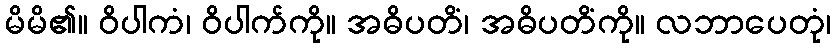
မိမိ၏။ ဝိပါကံ၊ ဝိပါက်ကို။ အဓိပတိံ၊ အဓိပတိံကို။ လဘာပေတုံ၊